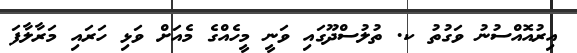
އިރުއޮއްސުނު ވަގުތު ކ. ތުލުސްދޫގައި ވަނީ މީހެއްގެ މެއަށް ވަޅި ހަރައި މަރާލާފަ